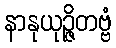
နာနုယုဉ္ဇိတဗ္ဗံ